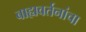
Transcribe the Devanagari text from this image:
बाह्यवर्तनांचा